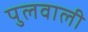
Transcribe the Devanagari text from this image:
पुलवाली